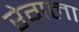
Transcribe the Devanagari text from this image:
रेगला